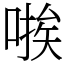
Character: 𫫃